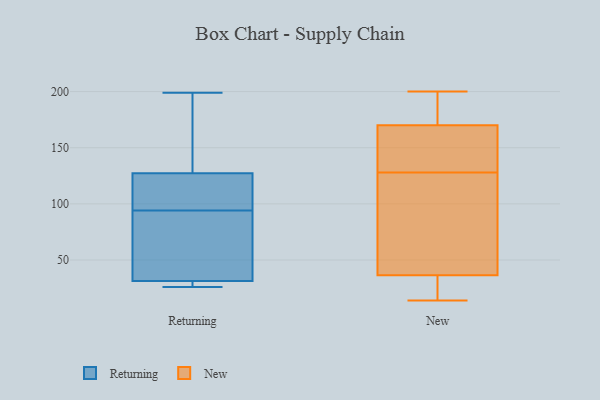
{"axis": {"x": "Churn Rate (%)", "y": "Value"}, "legend": ["New", "Returning"], "data": [{"x": "", "y": 31, "type": "Returning"}, {"x": "", "y": 188, "type": "Returning"}, {"x": "", "y": 29, "type": "Returning"}, {"x": "", "y": 138, "type": "Returning"}, {"x": "", "y": 95, "type": "Returning"}, {"x": "", "y": 26, "type": "Returning"}, {"x": "", "y": 34, "type": "Returning"}, {"x": "", "y": 95, "type": "Returning"}, {"x": "", "y": 32, "type": "Returning"}, {"x": "", "y": 199, "type": "Returning"}, {"x": "", "y": 94, "type": "Returning"}, {"x": "", "y": 184, "type": "New"}, {"x": "", "y": 14, "type": "New"}, {"x": "", "y": 179, "type": "New"}, {"x": "", "y": 160, "type": "New"}, {"x": "", "y": 164, "type": "New"}, {"x": "", "y": 30, "type": "New"}, {"x": "", "y": 123, "type": "New"}, {"x": "", "y": 30, "type": "New"}, {"x": "", "y": 196, "type": "New"}, {"x": "", "y": 43, "type": "New"}, {"x": "", "y": 200, "type": "New"}, {"x": "", "y": 176, "type": "New"}, {"x": "", "y": 17, "type": "New"}, {"x": "", "y": 157, "type": "New"}, {"x": "", "y": 18, "type": "New"}, {"x": "", "y": 65, "type": "New"}, {"x": "", "y": 44, "type": "New"}, {"x": "", "y": 161, "type": "New"}, {"x": "", "y": 119, "type": "New"}, {"x": "", "y": 133, "type": "New"}]}